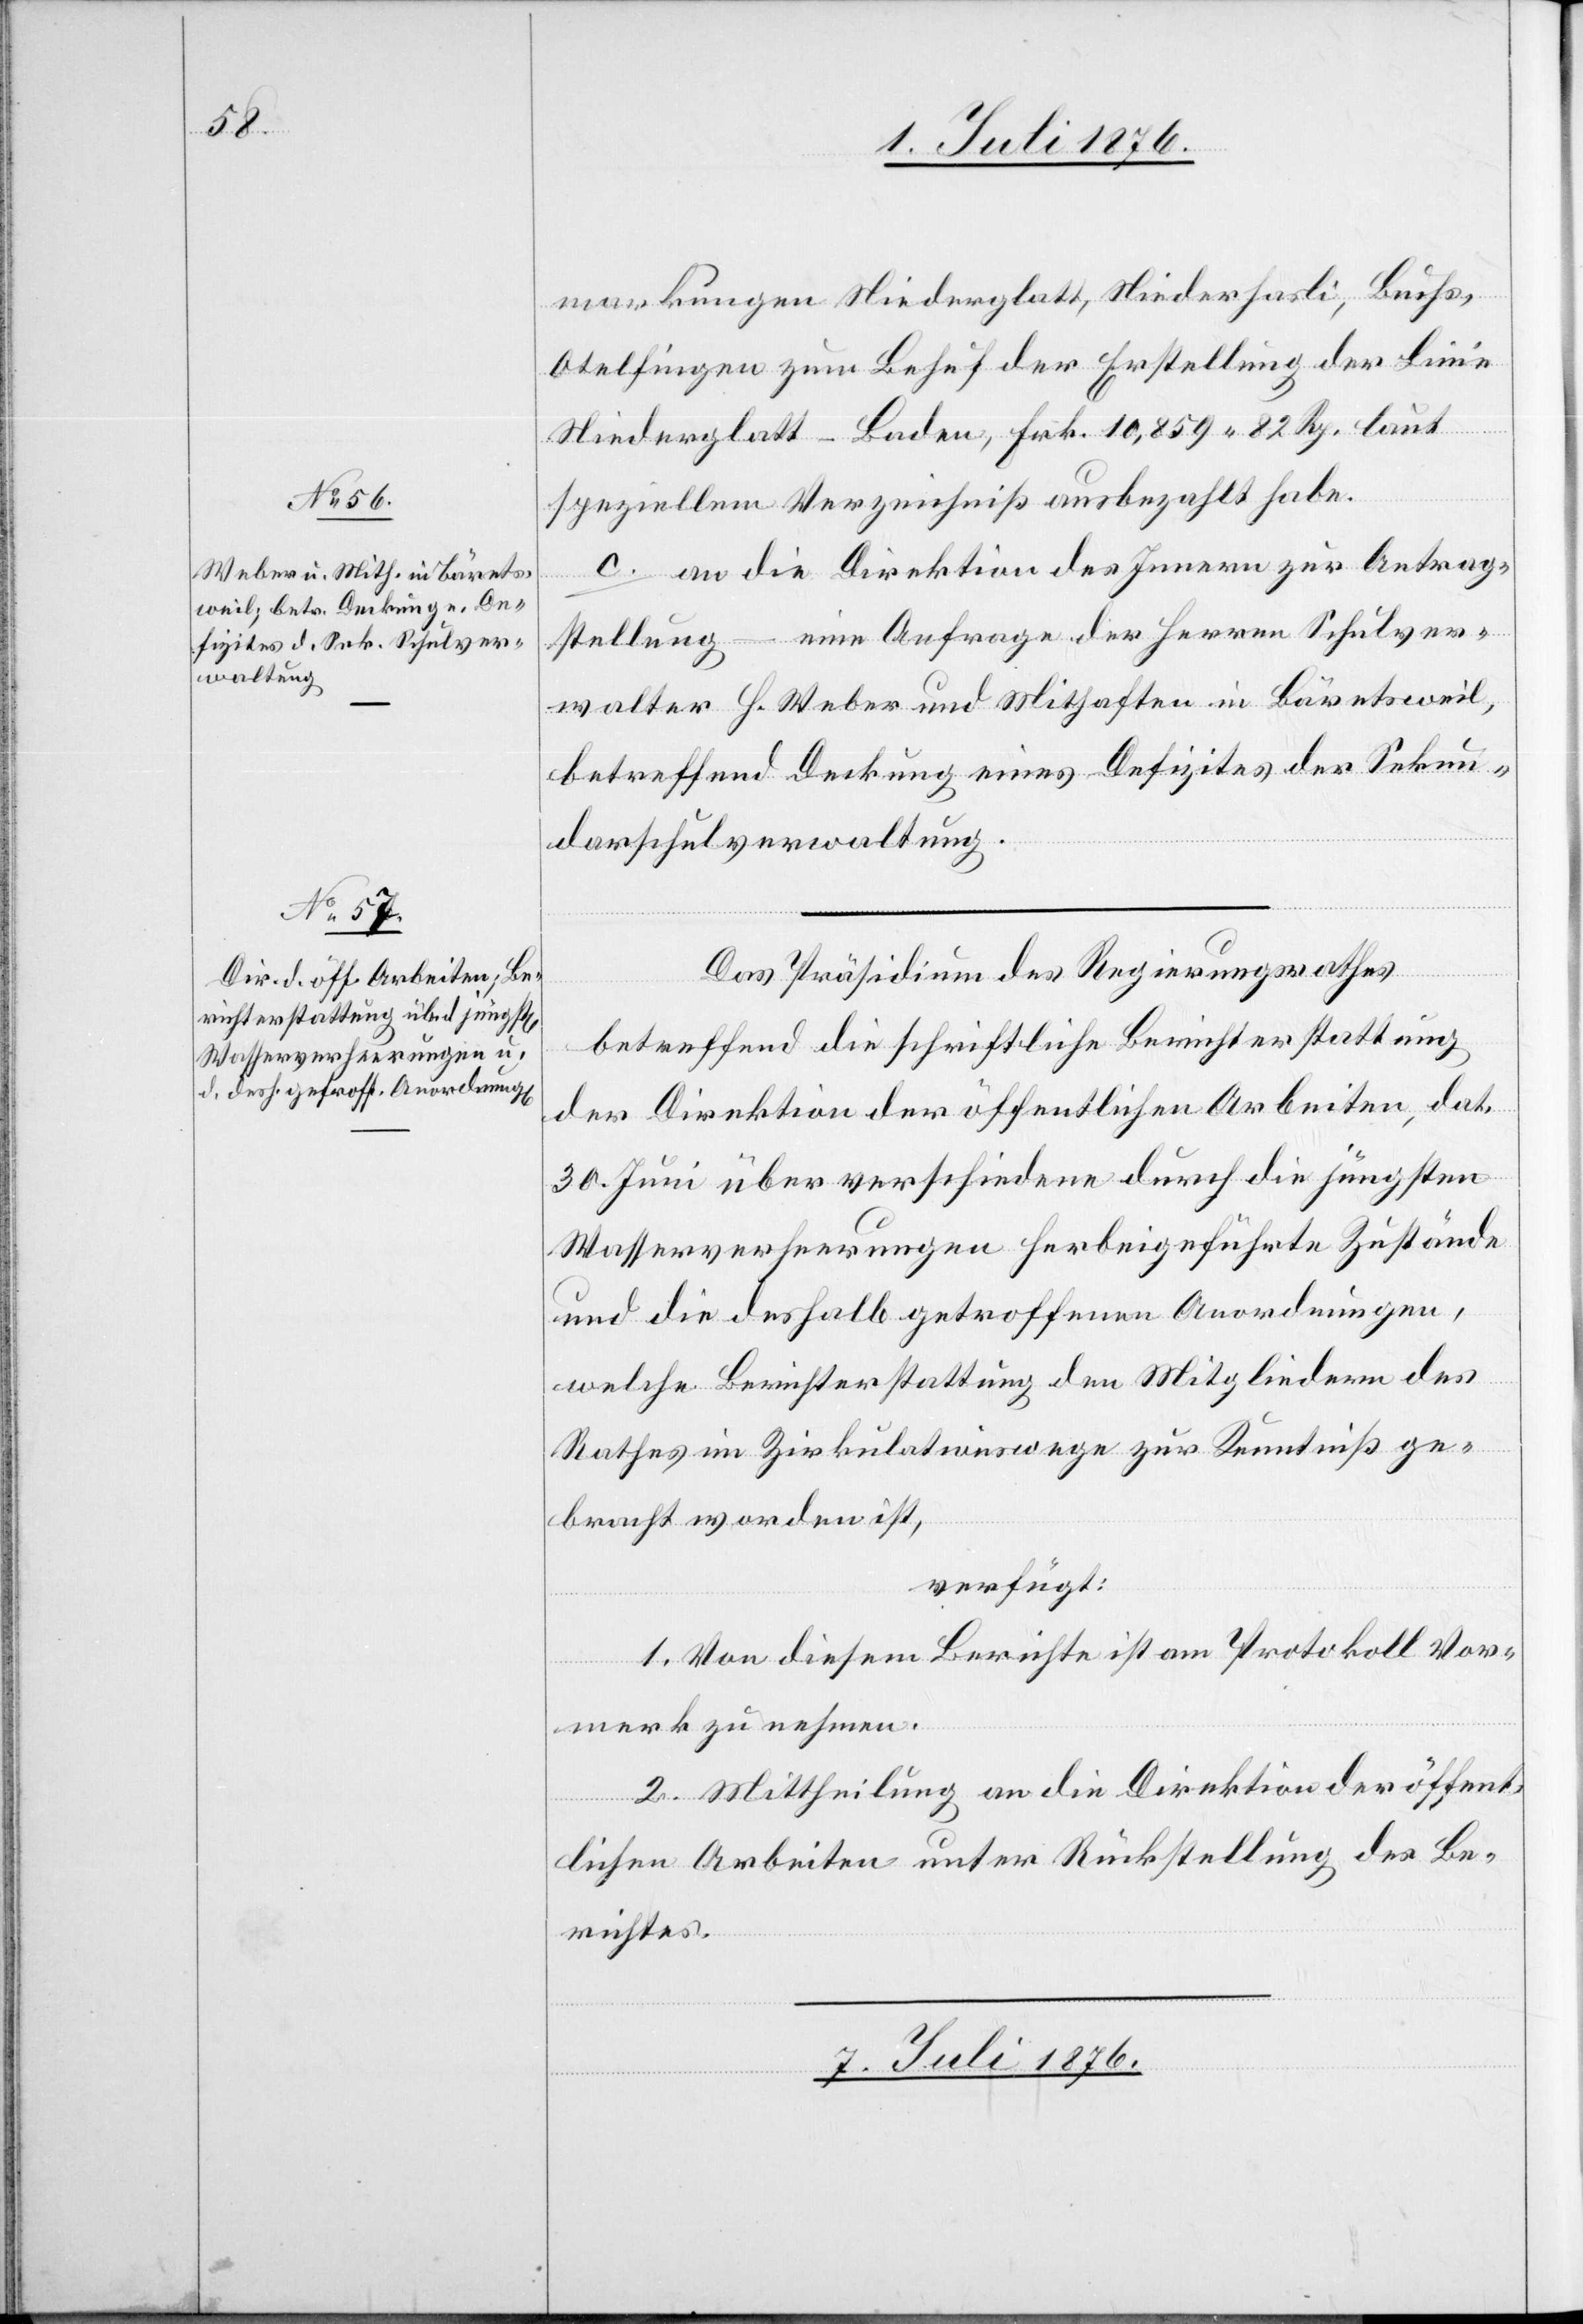
markungen Niederglatt, Niederhasli, Buchs,
Otelfingen zum Behuf der Erstellung der Linie
Niederglatt–Baden, Frk. 10,859 82 Rp. laut
speziellem Verzeichniß ausbezahlt habe.
c. an die Direktion des Innern zur Antrag¬
stellung – eine Anfrage der Herren Schulver¬
walter H. Weber und Mithaften in Bäretsweil,
betreffend Deckung eines Defizites der Sekun¬
darschulverwaltung.
Das Präsidium des Regierungsrathes
betreffend die schriftliche Berichterstattung
der Direktion der öffentlichen Arbeiten, dat.
30. Juni über verschiedene durch die jüngsten
Wasserverheerungen herbeigeführte Zustände
und die deshalb getroffenen Anordnungen,
welche Berichterstattung den Mitgliedern des
Rathes im Zirkulationswege zur Kenntniß ge¬
bracht worden ist,
verfügt:
1. Von diesem Berichte ist am Protokoll Vor¬
merk zu nehmen.
2. Mittheilung an die Direktion der öffent¬
lichen Arbeiten unter Rückstellung des Be¬
richtes.
7. Juli 1876